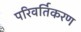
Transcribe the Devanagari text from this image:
परिवर्तिकरण